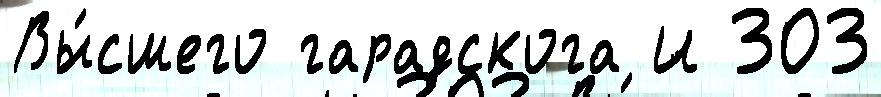
Вы́сшего гарадскога И 303